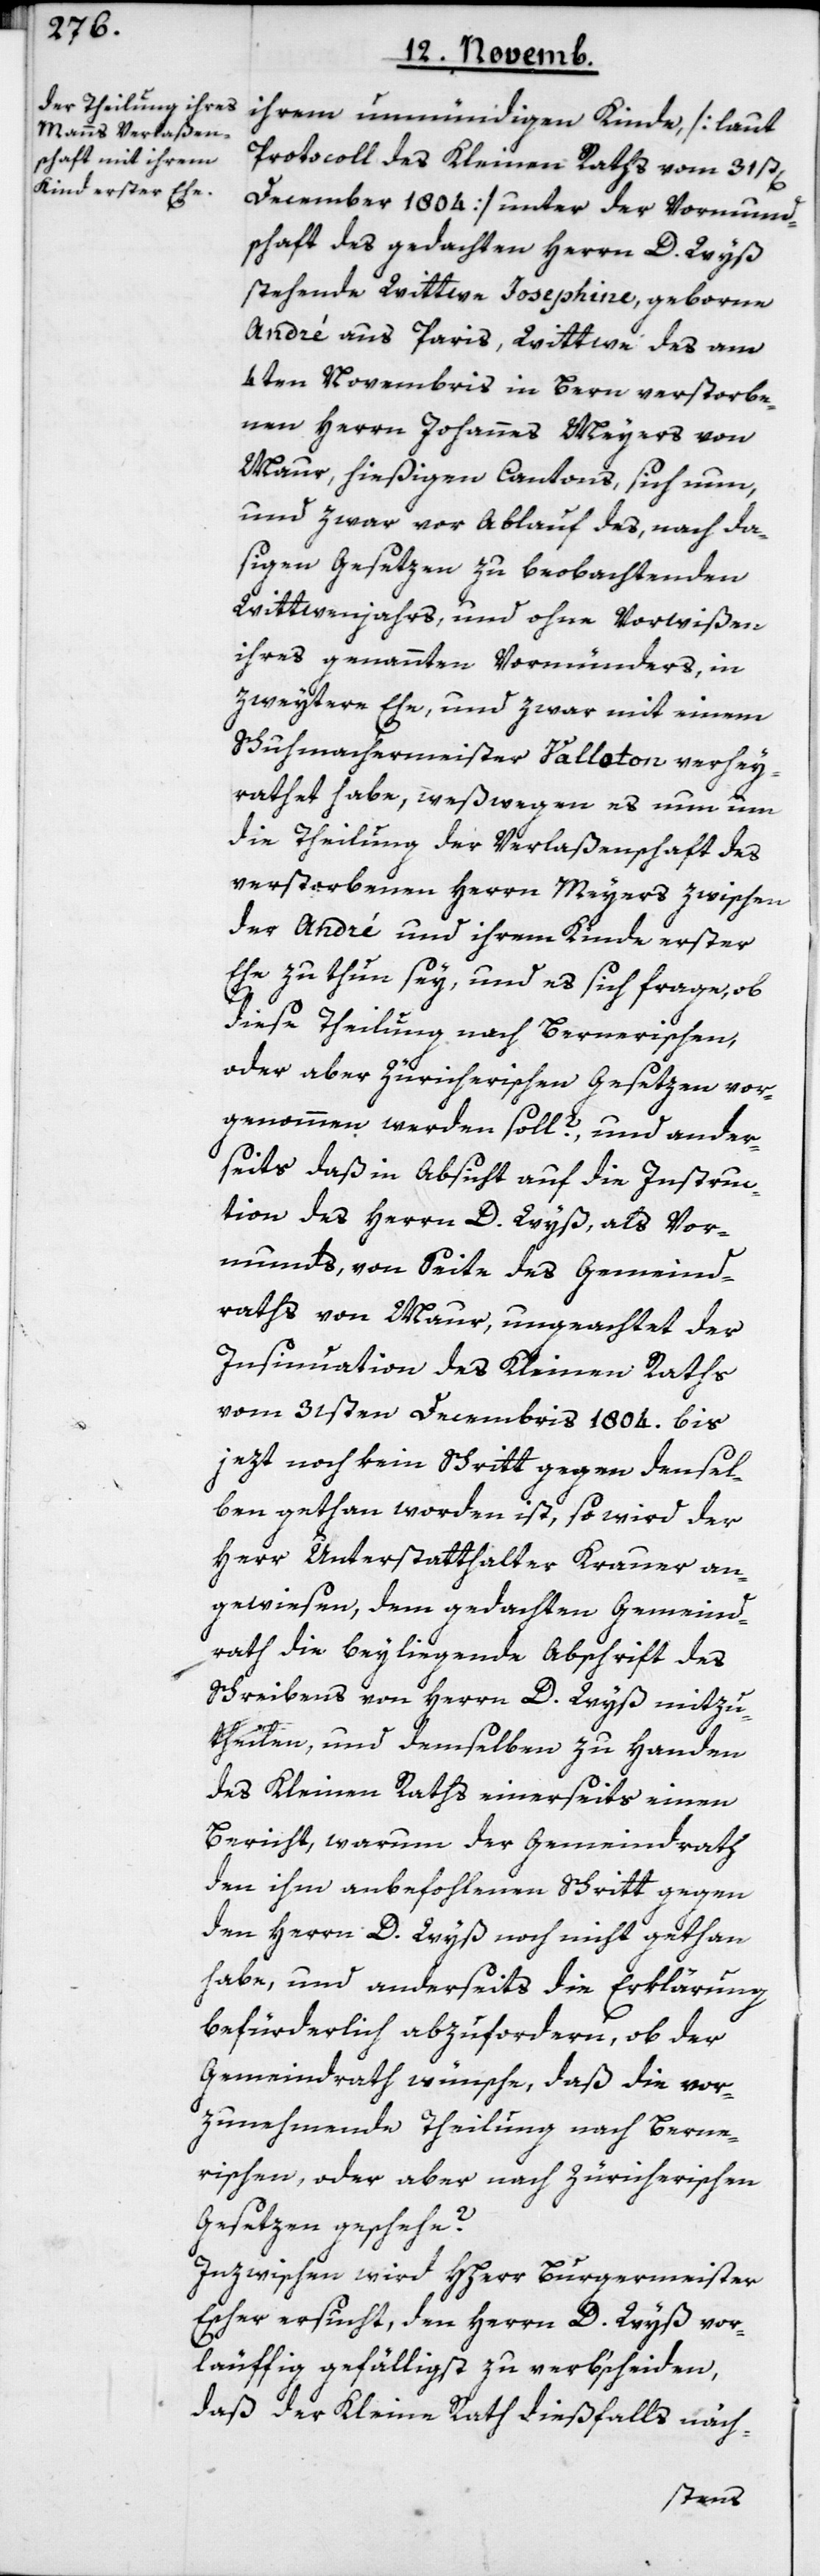
ihrem unmündigem Kinde, [laut
Protocoll des Kleinen Raths vom 31sten
December 1804] unter der Vormund¬
schaft des gedachten Herrn D. Wyß
stehende Wittwe Josephine, geborne
André aus Paris, Wittwe des am
4ten Novembris in Bern verstorbe¬
nen Herrn Johannes Meyers von
Maur, hießigen Cantons, sich nun,
und zwar vor Ablauf des, nach da¬
sigen Gesetzen zu beobachtenden
Wittwenjahrs, und ohne Vorwißen
ihres genannten Vormünders, in
zweytere Ehe, und zwar mit einem
Schuhmachermeister Valloton verhey¬
rathet habe, weßwegen es nun um
die Theilung der Verlaßenschaft des
verstorbenen Herrn Meyers zwischen
der André und ihrem Kinde erster
Ehe zu thun sey, und es sich frage, ob
diese Theilung nach Bernerischen
oder aber Zürcherischen Gesetzen vor¬
genohmen werden soll? – und ander¬
seits daß in Absicht auf die Instruc¬
tion des Herrn D. Wyß als Vor¬
munds, von Seite des Gemeind¬
raths von Maur, ungeachtet der
Insinuation des Kleinen Raths
vom 31sten Decembirs 1804. bis
jezt noch kein Schritt gegen densel¬
ben gethan worden ist, so wird der
Herr Unterstatthalter Krauer an¬
gewiesen, dem gedachten Gemeind¬
rath die beyliegende Abschrift des
Schreibens von Herrn D. Wyß mitzu¬
theilen, und demselben zu Handen
des Kleinen Raths einerseits einen
Bericht, warum der Gemeindrath
den ihm anbefohlenen Schritt gegen
den Herrn D. Wyß noch nicht gethan
habe, und anderseits die Erklärung
befürderlich abzufordern, ob der
Gemeindrath wünsche, daß die vor¬
zunehmende Theilung nach Berne¬
rischen oder aber nach Zürcherischen
Gesetzen geschehe?
Inzwischen wird HHerr Burgermeister
Escher ersucht, dem Herrn D. Wyß vor¬
läuffig gefälligst zu verb’scheiden,
daß der Kleine Rath dießfalls näch-